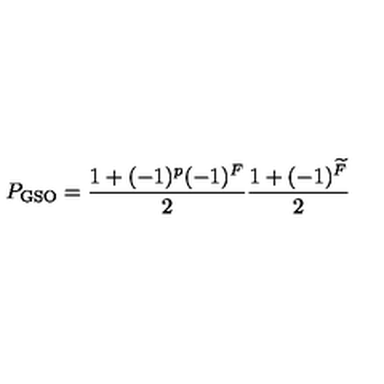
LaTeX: P _ { \mathrm { G S O } } = \frac { 1 + ( - 1 ) ^ { p } ( - 1 ) ^ { F } } { 2 } \frac { 1 + ( - 1 ) ^ { \widetilde F } } { 2 }